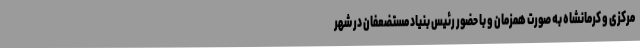
مرکزی و کرمانشاه به صورت همزمان و با حضور رئیس بنیاد مستضعفان در شهر